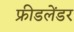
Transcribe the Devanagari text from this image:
फ्रीडलेंडर